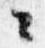
々